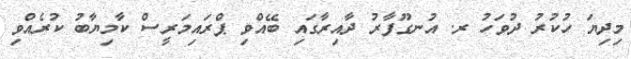
މިދިޔަ ހުކުރު ދުވަހު ރ. އުނގޫފާރު ދާއިރާގައި ބޭއްވި ޕްރައިމަރީސް ކާމިޔާބު ކުރެއްވި